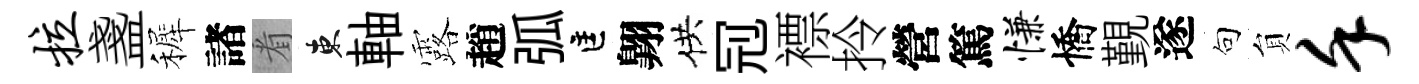
拉盞裤諸㸔東軸露趙弧匡翺供𠜍褾拎營篤慊憍覲遂句貟堇